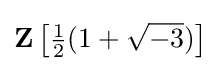
\mathbf {Z} \left[{\tfrac {1}{2}}(1+{\sqrt {-3}})\right]